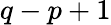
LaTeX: q-p+1